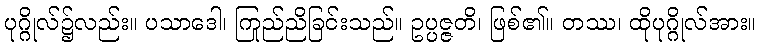
ပုဂ္ဂိုလ်၌လည်း။ ပသာဒေါ၊ ကြည်ညိုခြင်းသည်။ ဥပ္ပဇ္ဇတိ၊ ဖြစ်၏။ တဿ၊ ထိုပုဂ္ဂိုလ်အား။